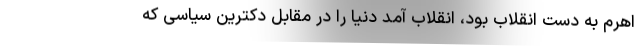
اهرم به دست انقلاب بود، انقلاب آمد دنیا را در مقابل دکترین سیاسی که